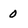
Character: 0